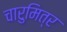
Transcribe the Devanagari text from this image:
चारुमित्र